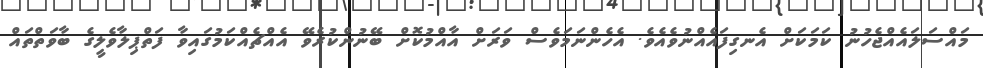
މައްސަލައެއްޖެހުނު ކަމަކަށް އެނގިފައެއްނުވެއެވެ. އެހެންނަމަވެސް ވަރަށް އާއްމުކޮށް ބޭނުންކުރެވޭ އެއްޗެއްކަމުގައިވާ ފަތްޕިލާވެލީގެ ބާވަތްތައް